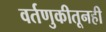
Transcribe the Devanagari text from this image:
वर्तणुकीतूनही